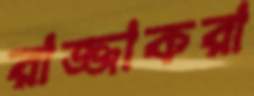
রাজ্জাকরা